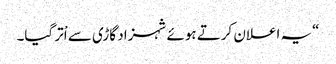
“یہ اعلان کرتے ہوئے شہزاد گاڑی سے اْتر گیا۔